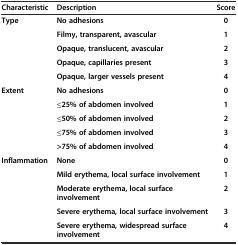
<table><thead><tr><td><b>Characteristic</b></td><td><b>Description</b></td><td><b>Score</b></td></tr></thead><tbody><tr><td><b>Type</b></td><td><b>No adhesions</b></td><td><b>0</b></td></tr><tr><td></td><td><b>Filmy, transparent, avascular</b></td><td><b>1</b></td></tr><tr><td></td><td><b>Opaque, translucent, avascular</b></td><td><b>2</b></td></tr><tr><td></td><td><b>Opaque, capillaries present</b></td><td><b>3</b></td></tr><tr><td></td><td><b>Opaque, larger vessels present</b></td><td><b>4</b></td></tr><tr><td><b>Extent</b></td><td><b>No adhesions</b></td><td><b>0</b></td></tr><tr><td></td><td><b>≤25% of abdomen involved</b></td><td><b>1</b></td></tr><tr><td></td><td><b>≤50% of abdomen involved</b></td><td><b>2</b></td></tr><tr><td></td><td><b>≤75% of abdomen involved</b></td><td><b>3</b></td></tr><tr><td></td><td><b>&gt;75% of abdomen involved</b></td><td><b>4</b></td></tr><tr><td><b>Inflammation</b></td><td><b>None</b></td><td><b>0</b></td></tr><tr><td></td><td><b>Mild erythema, local surface involvement</b></td><td><b>1</b></td></tr><tr><td></td><td><b>Moderate erythema, local surface involvement</b></td><td><b>2</b></td></tr><tr><td></td><td><b>Severe erythema, local surface involvement</b></td><td><b>3</b></td></tr><tr><td></td><td><b>Severe erythema, widespread surface involvement</b></td><td><b>4</b></td></tr></tbody></table>